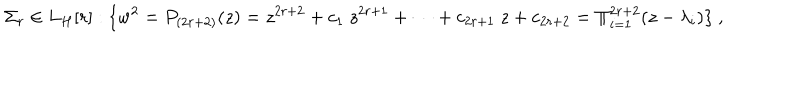
\Sigma _ { r } \in L _ { H } [ r ] : \{ w ^ { 2 } = P _ { ( 2 r + 2 ) } ( z ) = z ^ { 2 r + 2 } + c _ { 1 } \ z ^ { 2 r + 1 } + \cdots + c _ { 2 r + 1 } \ z + c _ { 2 r + 2 } = \Pi _ { i = 1 } ^ { 2 r + 2 } ( z - \lambda _ { i } ) \} \ ,